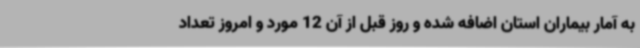
به آمار بیماران استان اضافه شده و روز قبل از آن 12 مورد و امروز تعداد